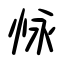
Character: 怺